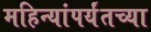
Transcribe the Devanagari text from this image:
महिन्यांपर्यंतच्या